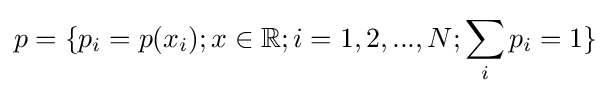
p=\{p_{i}=p(x_{i});x\in \mathbb {R} ;i=1,2,...,N;\sum _{i}p_{i}=1\}